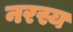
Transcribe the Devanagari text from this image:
नरस्य